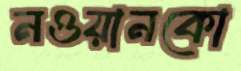
নওয়ানকো